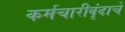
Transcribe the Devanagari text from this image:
कर्मचारीवृंदाचे